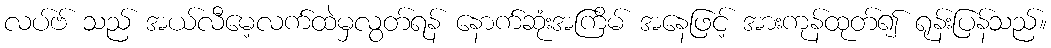
လပ်ဗ် သည် အယ်လီမေ့လက်ထဲမှလွတ်ရန် နောက်ဆုံးအကြိမ် အနေဖြင့် အားကုန်ထုတ်၍ ရုန်းပြန်သည်။